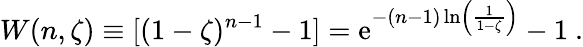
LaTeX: W(n,\zeta)\equiv[(1-\zeta)^{n-1}-1]=\mathrm{e}^{-(n-1)\ln\left({\frac{1}{1-\zeta}}\right)}-1\ .